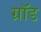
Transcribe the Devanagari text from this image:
ग्रॉड